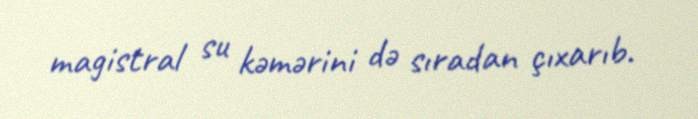
magistral su kəmərini də sıradan çıxarıb.